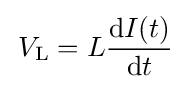
\,V_{\mathrm {L} }=L{\frac {\mathrm {d} I(t)}{\mathrm {d} t}}